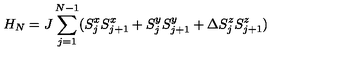
H _ { N } = J \sum _ { j = 1 } ^ { N - 1 } ( S _ { j } ^ { x } S _ { j + 1 } ^ { x } + S _ { j } ^ { y } S _ { j + 1 } ^ { y } + \Delta S _ { j } ^ { z } S _ { j + 1 } ^ { z } )